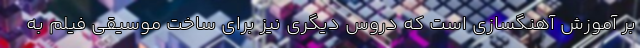
بر آموزش آهنگسازی است که دروس دیگری نیز برای ساخت موسیقی فیلم به